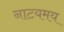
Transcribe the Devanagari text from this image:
नाटयमय